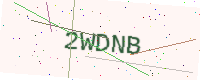
Text: 2WDNB